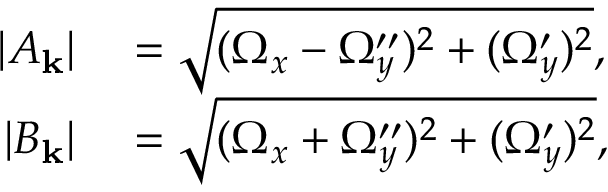
\begin{array} { r l } { | A _ { \mathbf { k } } | } & { { } = \sqrt { ( \Omega _ { x } - \Omega _ { y } ^ { \prime \prime } ) ^ { 2 } + ( \Omega _ { y } ^ { \prime } ) ^ { 2 } } , } \\ { | B _ { \mathbf { k } } | } & { { } = \sqrt { ( \Omega _ { x } + \Omega _ { y } ^ { \prime \prime } ) ^ { 2 } + ( \Omega _ { y } ^ { \prime } ) ^ { 2 } } , } \end{array}